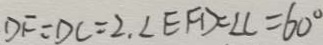
D F = D C = 2 , \angle E F D = \angle C = 6 0 ^ { \circ }